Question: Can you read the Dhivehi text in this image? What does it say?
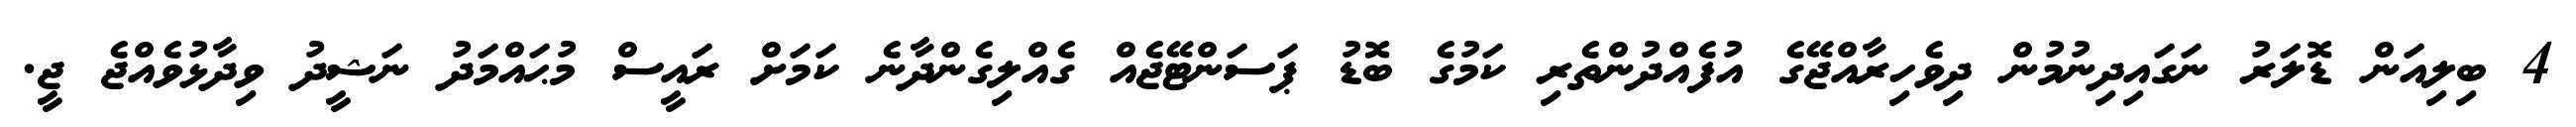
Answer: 4 ބިލިއަން ޑޮލަރު ނަގައިދިނުމުން ދިވެހިރާއްޖޭގެ އުފެއްދުންތެރި ކަމުގެ ބޮޑު ޕަސަންޓޭޖެއް ގެއްލިގެންދާނެ ކަމަށް ރައީސް މުޙައްމަދު ނަޝީދު ވިދާޅުވެއްޖެ ޖީ.